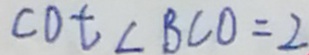
\cot \angle B C O = 2